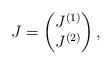
LaTeX: \begin{align*}J = \begin{pmatrix}J^{(1)}\\ J^{(2)}\end{pmatrix},\end{align*}